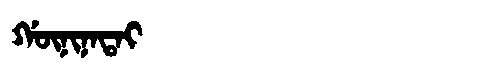
Manchu: ᡤᡡᠨᡳᠨᠠᡨᠠᡳ
Romanization: GŪNINATAI